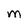
Character: M